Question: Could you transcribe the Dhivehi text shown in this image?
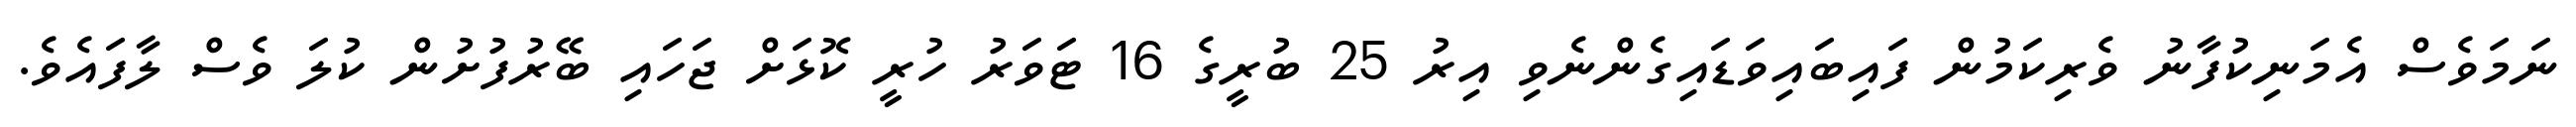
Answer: ނަމަވެސް އެމަނިކުފާނު ވެރިކަމުން ފައިބައިވަޑައިގެންނެވި އިރު 25 ބުރީގެ 16 ޓަވަރު ހުރީ ކޮޅަށް ޖަހައި ބޭރުފުށުން ކުލަ ވެސް ލާފައެވެ.